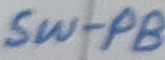
Text: SW-PB